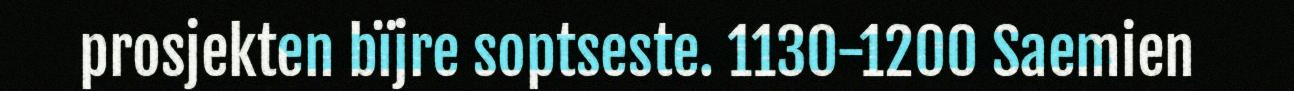
prosjekten bïjre soptseste. 1130-1200 Saemien